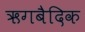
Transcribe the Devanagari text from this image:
ऋगबैदिक